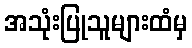
အသုံးပြုသူများထံမှ